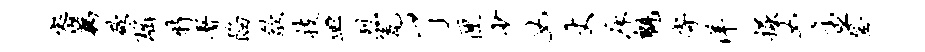
密藕欲瑶特署陷歙技皿烈瓮了匣少女丈床魁寄洋掘女主登